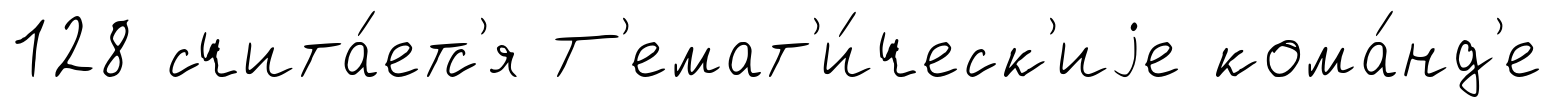
128 счита́етс'я Т'емат'и́ческ'иjе кома́нд'е